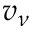
v _ { \nu }